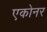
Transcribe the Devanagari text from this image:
एकोनर